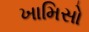
ખામિસો